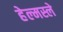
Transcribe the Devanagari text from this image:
हेल्मस्ले